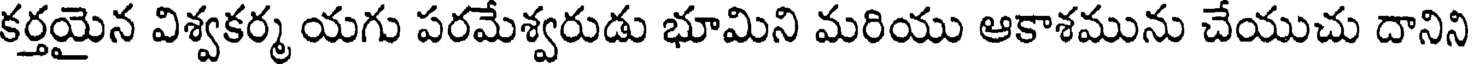
కర్తయైన విశ్వకర్మ యగు పరమేశ్వరుడు భూమిని మరియు ఆకాశమును చేయుచు దానిని